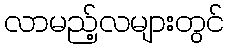
လာမည့်လများတွင်